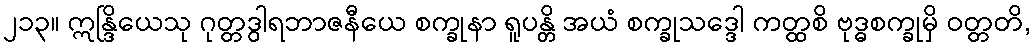
၂၁၃။ ဣန္ဒြိယေသု ဂုတ္တဒွါရဘာဇနီယေ စက္ခုနာ ရူပန္တိ အယံ စက္ခုသဒ္ဒေါ ကတ္ထစိ ဗုဒ္ဓစက္ခုမှိ ဝတ္တတိ,